Leaving Certificate Examination, 1919
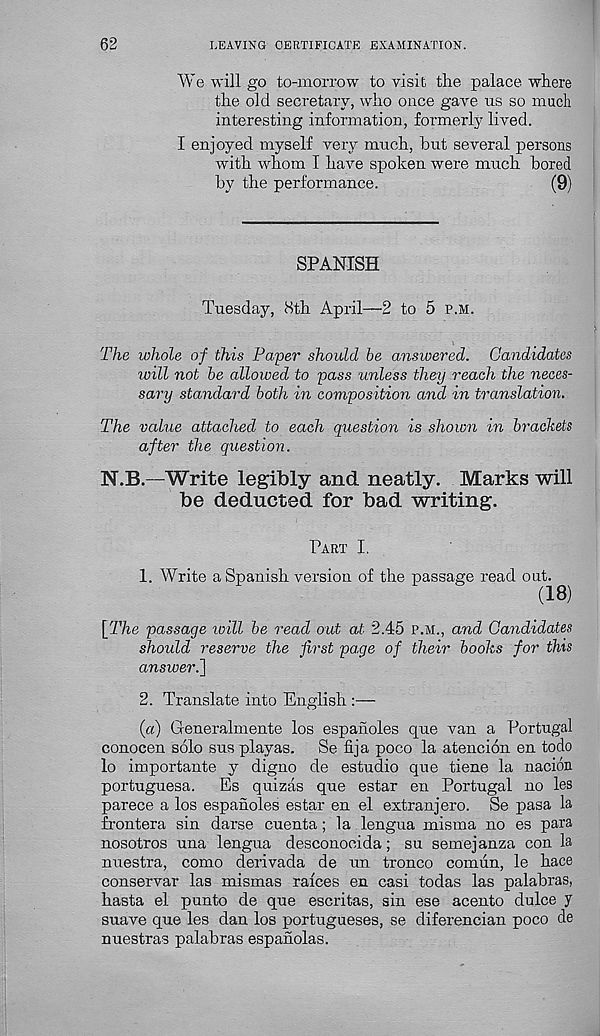
62
LEAVING CERTIFICATE EXAMINATION.
We will go to-morrow to visit the palace where
the old secretary, who once gave us so much
interesting information, formerly lived.
I enjoyed myself very much, hut several persons
with whom I have spoken were much bored
by the performance.
(9)
SPANISH
Tuesday, 8th April—2 to 5 p.m.
The whole of this Paper should be answered. Candidates
will not be allowed to pass unless they reach the neces-
sary standard both in composition and in translation.
The value attached to each question is shown in brackets
after the question.
N.B.—Write legibly and neatly. Marks will
be deducted for bad writing.
Part I.
1. Write a Spanish version of the passage read out.
(18)
[The passage will be read out at 2.45 p.m., and Candidates
should reserve the first pa.ge of their books for this
answer.^
2. Translate into English :—
(a) Generalmente los espanoles que van a Portugal
conocen solo sus playas.
Se fija poco la atencion en todo
lo importante y digno de estudio que tiene la nacion
portuguesa.
Es quizas que estar en Portugal no les
parece a los espanoles estar en el extranjero. Se pasa la
frontera sin darse cuenta; la lengua misma no es para
nosotros una lengua desconocida; su semejanza con la
nuestra, como derivada de un tronco comun, le hace
conservar las mismas rafces en casi todas las palabras,
hasta el punto de que escritas, sin ese acento dulce y
suave que les dan los portugueses, se diferencian poco de
nuestras palabras espanolas.